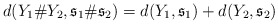
\begin{align*}d(Y_1\#Y_2,\mathfrak{s}_1\# \mathfrak{s}_2)=d(Y_1,\mathfrak{s}_1)+d(Y_2,\mathfrak{s}_2)\end{align*}